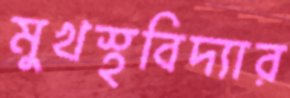
মুখস্থবিদ্যার